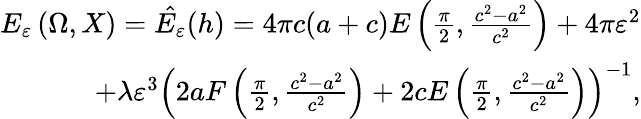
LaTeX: \begin{array}{r}{E_{\varepsilon}\left(\Omega,X\right)=\hat{E_{\varepsilon}}(h)=4\pi c(a+c)E\left(\frac{\pi}{2},{\frac{c^{2}-a^{2}}{c^{2}}}\right)+4\pi\varepsilon^{2}}\\ {+\lambda\varepsilon^{3}\left(2aF\left(\frac{\pi}{2},\frac{c^{2}-a^{2}}{c^{2}}\right)+2cE\left(\frac{\pi}{2},\frac{c^{2}-a^{2}}{c^{2}}\right)\right)^{-1},}\end{array}